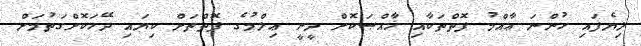
ލިޔެފައި ހުންނަ ޢާއްމު ފޮތްތަކާއި ޚާއްޞަކޮށް ދީނީ ޢިލްމުގެ ފޮތްތަށް ކިޔައި ދޭހަކޮށްގަތުމަށް